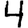
Digit: 4